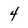
Character: 4